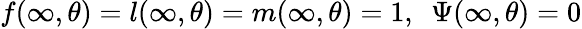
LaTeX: f(\infty,\theta)=l(\infty,\theta)=m(\infty,\theta)=1,\ \ \Psi(\infty,\theta)=0